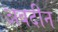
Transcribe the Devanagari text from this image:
अबदीन